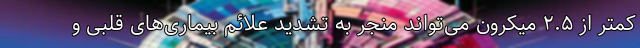
کمتر از ۲.۵ میکرون می‌تواند منجر به تشدید علائم بیماری‌های قلبی و